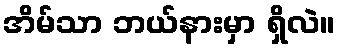
အိမ်သာ ဘယ်နားမှာ ရှိလဲ။